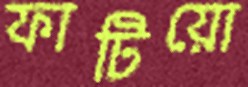
ফাটিয়ো